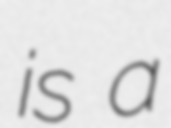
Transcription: is a